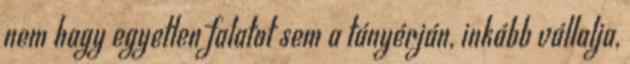
nem hagy egyetlen falatot sem a tányérján, inkább vállalja,